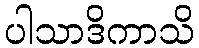
ပါသာဒိကာသိ